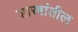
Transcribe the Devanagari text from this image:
शास्त्रांतील